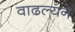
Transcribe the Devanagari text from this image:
वाढल्यने